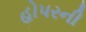
હોપરની